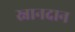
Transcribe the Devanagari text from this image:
स्नानदान